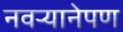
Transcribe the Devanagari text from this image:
नवर्‍यानेपण